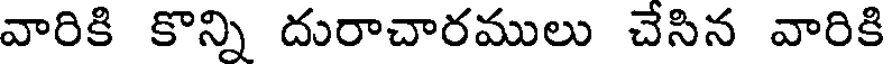
వారికి కొన్ని దురాచారములు చేసిన వారికి